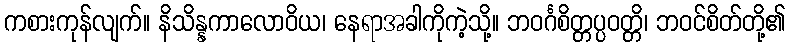
ကစားကုန်လျက်။ နိသိန္နကာလောဝိယ၊ နေရာအခါကိုကဲ့သို့။ ဘဝင်္ဂစိတ္တပ္ပဝတ္တိ၊ ဘဝင်စိတ်တို့၏